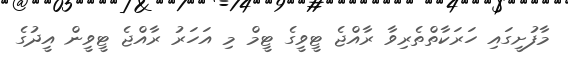
މާފުށީގައި ހަރަކާތްތެރިވާ ރާއްޖެ ޓީވީގެ ޓީމް މި އަހަރު ރާއްޖެ ޓީވީން އީދުގެ